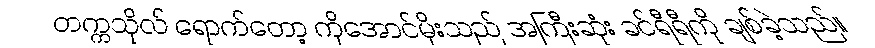
တက္ကသိုလ် ရောက်တော့ ကိုအောင်မိုးသည် အကြီးဆုံး ခင်ရီရီကို ချစ်ခဲ့သည်။